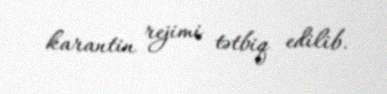
karantin rejimi tətbiq edilib.